Scottish Leaving Certificate Examination, 1957
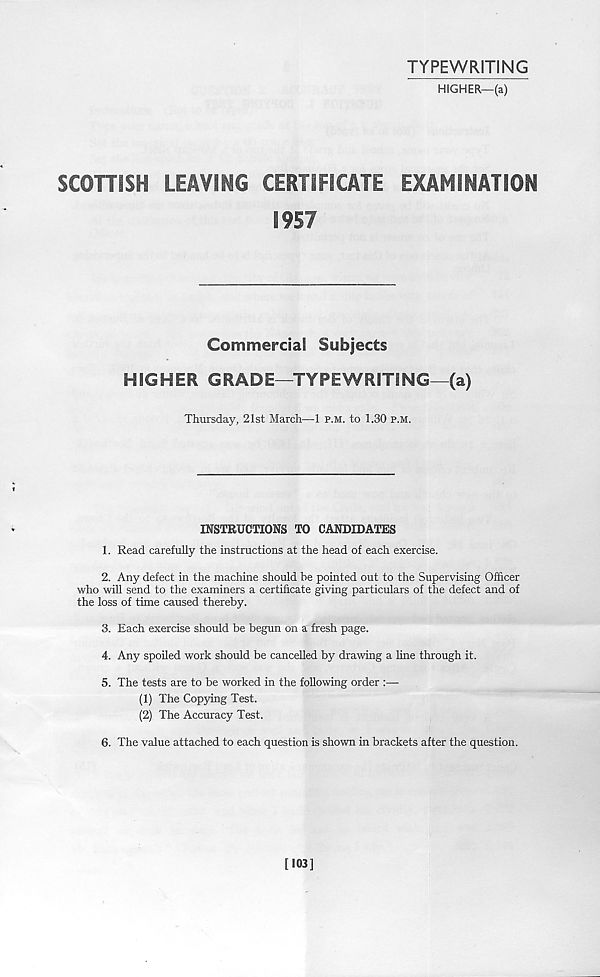
TYPEWRITING
HIGHER—(a)
SCOTTISH
LEAVING CERTIFICATE
EXAMINATION
1957
Commercial Subjects
HIGHER GRADE—TYPEWRITING—(a)
Thursday, 21st March—1 p.m. to 1.30 p.m.
INSTRUCTIONS TO CANDIDATES
1. Read carefully the instructions at the head of each exercise.
2. Any defect in the machine should he pointed out to the Supervising Officer
who will send to the examiners a certificate giving particulars of the defect and of
the loss of time caused thereby.
3. Each exercise should be begun on a fresh page.
4. Any spoiled work should be cancelled by drawing a line through it.
5. The tests are to be worked in the following order :—
(1) The Copying Test.
(2) The Accuracy Test.
6. The value attached to each question is shown in brackets after the question.
[103]